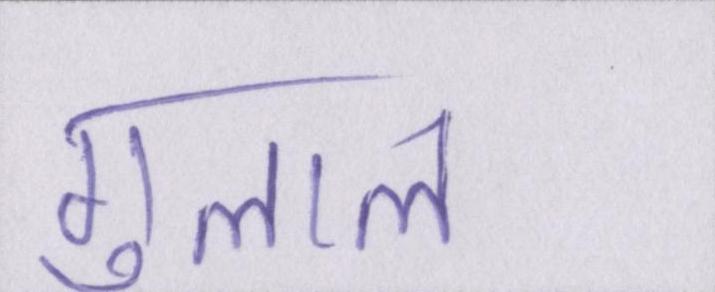
गुलाल